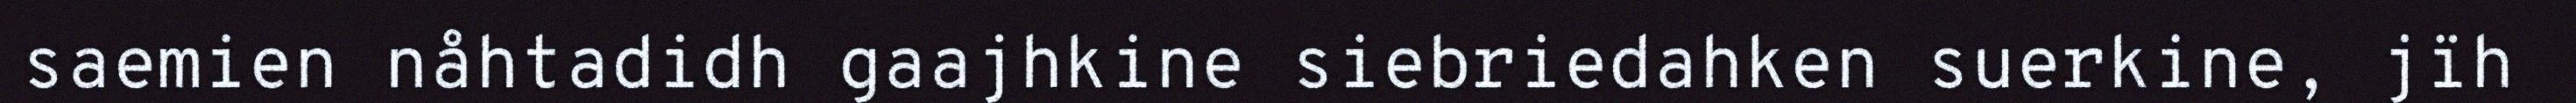
saemien nåhtadidh gaajhkine siebriedahken suerkine, jïh